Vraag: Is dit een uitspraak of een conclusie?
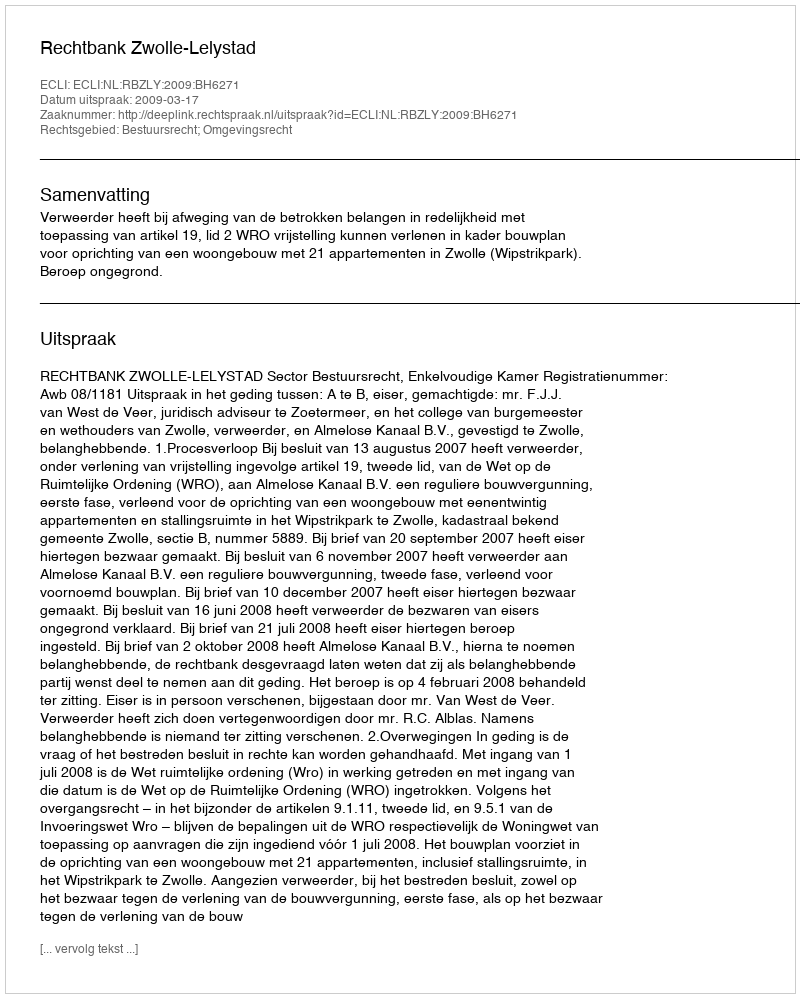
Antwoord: Uitspraak